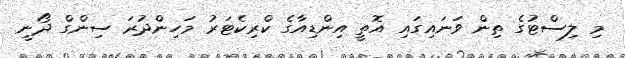
މި ލިސްޓުގެ ތިން ވަނައިގައި އޮތީ އިންޑިއާގެ ކްރިކެޓަރު މަހިންދުރަ ސިންގް ދޯނީ